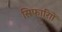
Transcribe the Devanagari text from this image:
सिफारिाों